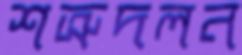
শত্রুদলন